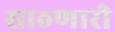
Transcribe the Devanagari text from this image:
साठणारी